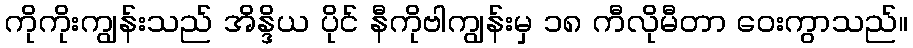
ကိုကိုးကျွန်းသည် အိန္ဒိယ ပိုင် နီကိုဗါကျွန်းမှ ၁၈ ကီလိုမီတာ ဝေးကွာသည်။